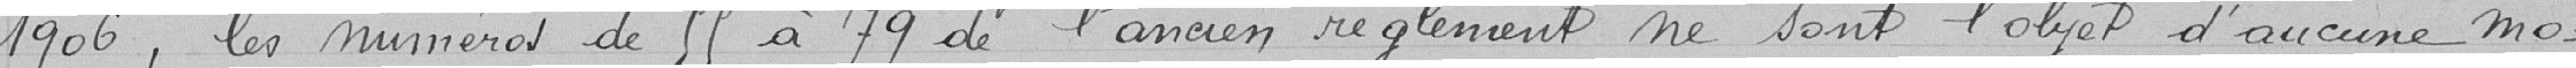
1906, les numéros de 55 à 79 de l'ancien règlement ne sont l'objet d'aucune mo-